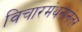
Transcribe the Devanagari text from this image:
विचारमंथनानंतर